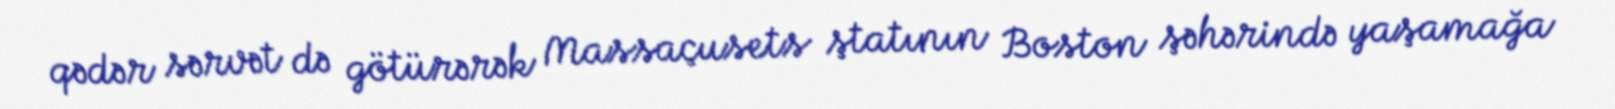
qədər sərvət də götürərək Massaçusets ştatının Boston şəhərində yaşamağa